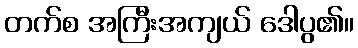
တက်စ အကြီးအကျယ် ဒေါပွ၏။